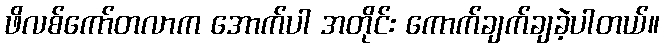
ဖိလစ်ကော်တလာက အောက်ပါ အတိုင်း ကောက်ချက်ချခဲ့ပါတယ်။